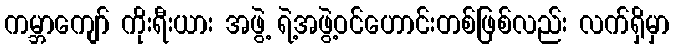
ကမ္ဘာကျော် ကိုးရီးယား အဖွဲ့ ရဲ့အဖွဲ့ဝင်ဟောင်းတစ်ဖြစ်လည်း လက်ရှိမှာ